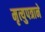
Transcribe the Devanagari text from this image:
मृत्युपत्राने